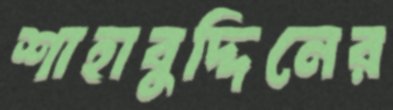
শাহাবুদ্দিনের